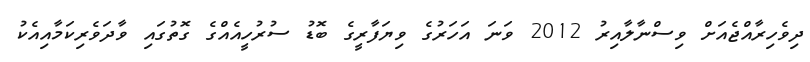
ދިވެހިރާއްޖެއަށް ވިސްނާލާއިރު 2012 ވަނަ އަހަރުގެ ވިޔަފާރީގެ ބޮޑު ސުރުހީއެއްގެ ގޮތުގައި ވާދަވެރިކަމާއިއެކު